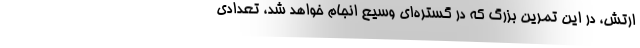
ارتش، در این تمرین بزرگ که در گستره‌ای وسیع انجام خواهد شد، تعدادی